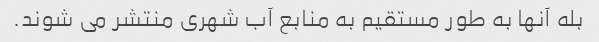
بله آنها به طور مستقیم به منابع آب شهری منتشر می شوند.